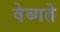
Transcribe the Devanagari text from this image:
वेब्गते